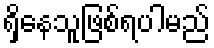
ရှိနေသူဖြစ်ရပါမည်